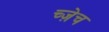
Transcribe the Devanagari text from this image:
च्ज़ेच